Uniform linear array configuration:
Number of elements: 64
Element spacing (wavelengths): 0.5
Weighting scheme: binomial
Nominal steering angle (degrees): -30
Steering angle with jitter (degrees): -28.579
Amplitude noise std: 0.05
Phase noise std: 0.05

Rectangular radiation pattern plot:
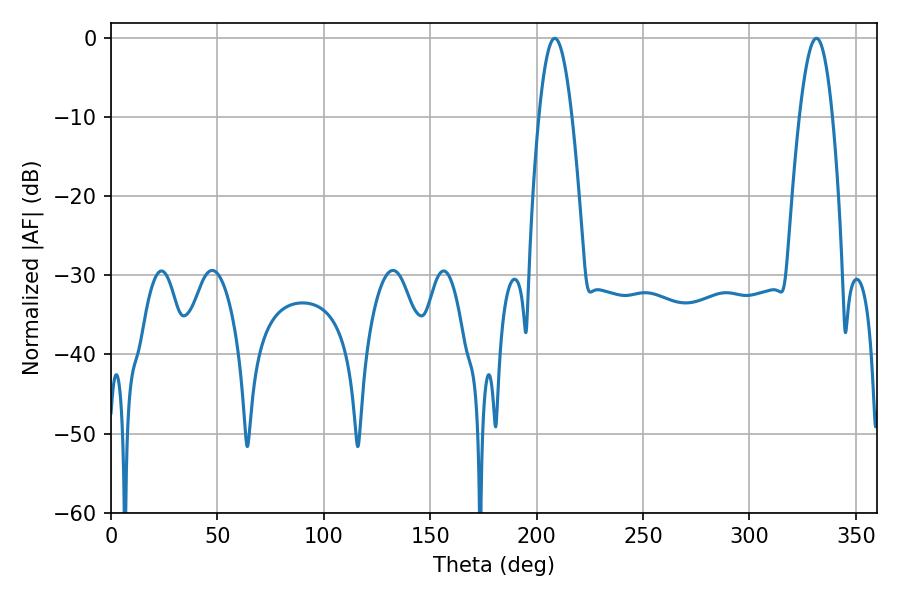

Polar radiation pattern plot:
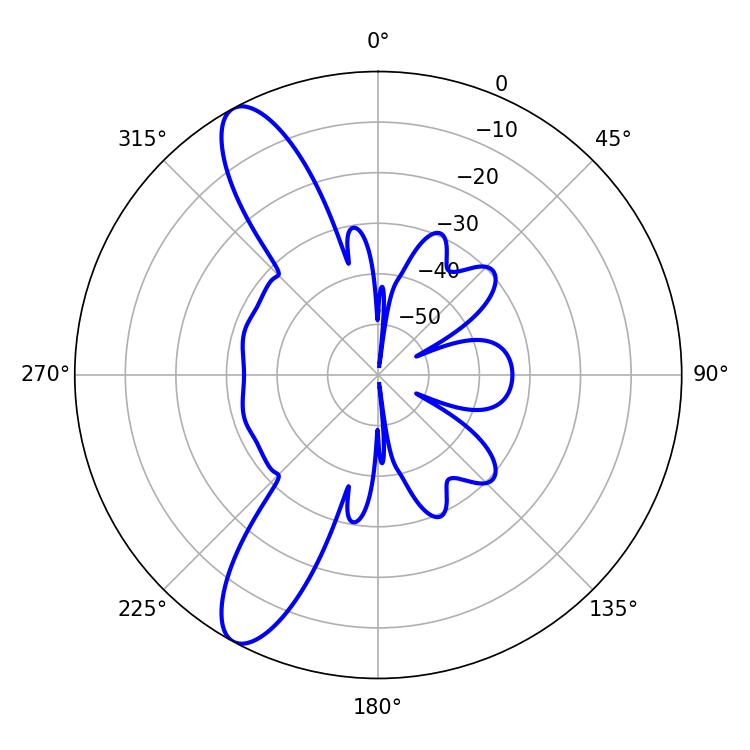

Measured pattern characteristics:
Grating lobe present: FALSE
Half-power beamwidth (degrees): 8.28
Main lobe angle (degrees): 208.62